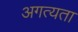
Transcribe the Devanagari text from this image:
अगत्यता